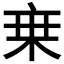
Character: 𬽌